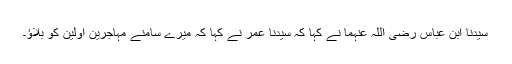
سیدنا ابن عباس رضی اللہ عنہما نے کہا کہ سیدنا عمرؓ نے کہا کہ میرے سامنے مہاجرین اوّلین کو بلاؤ۔